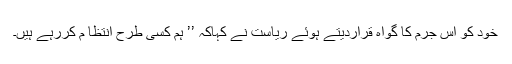
خود کو اس جرم کا گواہ قراردیتے ہوئے ریاست نے کہاکہ ’’ ہم کسی طرح انتظا م کررہے ہیں۔